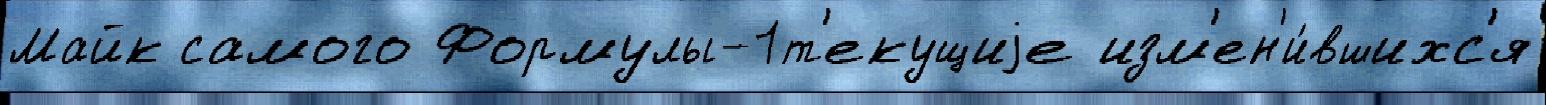
Майк самого Формулы-1т'екущиjе изм'ен'и́вшихс'я